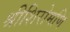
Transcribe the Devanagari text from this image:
श्रीशिरोमणि